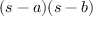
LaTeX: ( s - a ) ( s - b )